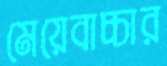
মেয়েবাচ্চার